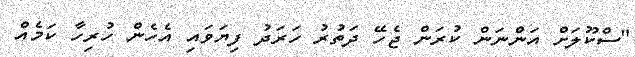
"ސްކޫލަށް އަންނަން ކުރަން ޖެހޭ ދަތުރު ހަރަދު ފިޔަވައި އެހެން ހުރިހާ ކަމެއް